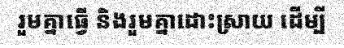
រួមគ្នាធ្វើ និងរួមគ្នាដោះស្រាយ ដើម្បី